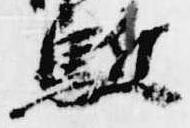
駈